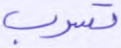
تسرب